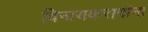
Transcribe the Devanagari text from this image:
विनायकरावांना